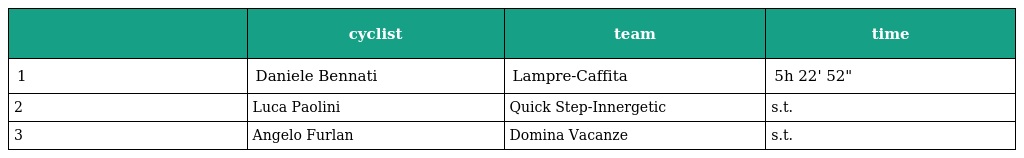
|  | cyclist | team | time |
 | --- | --- | --- | --- |
 | 1 | Daniele Bennati | Lampre-Caffita | 5h 22' 52" |
 | 2 | Luca Paolini | Quick Step-Innergetic | s.t. |
 | 3 | Angelo Furlan | Domina Vacanze | s.t. |